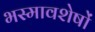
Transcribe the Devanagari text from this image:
भस्मावशेषों